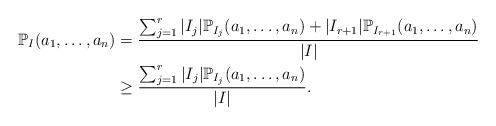
LaTeX: \begin{align*}\mathbb{P}_I(a_1,\ldots,a_n) & = \frac{\sum_{j=1}^r|I_j|\mathbb{P}_{I_j}(a_1,\ldots,a_n)+|I_{r+1}|\mathbb{P}_{I_{r+1}}(a_1,\ldots,a_n)}{|I|} \\& \geq \frac{\sum_{j=1}^r|I_j|\mathbb{P}_{I_j}(a_1,\ldots,a_n)}{|I|}.\end{align*}